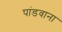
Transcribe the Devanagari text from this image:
पांडवाना